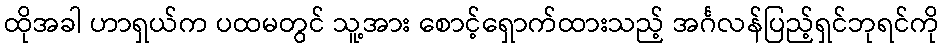
ထိုအခါ ဟာရှယ်က ပထမတွင် သူ့အား စောင့်ရှောက်ထားသည့် အင်္ဂလန်ပြည့်ရှင်ဘုရင်ကို